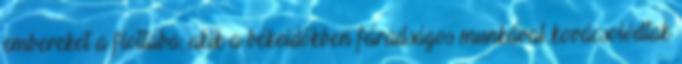
embereket a flottába, akik a békeidőkben fáradságos munkával kovácsolódtak